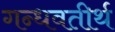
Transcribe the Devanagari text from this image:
गन्धवतीर्थ